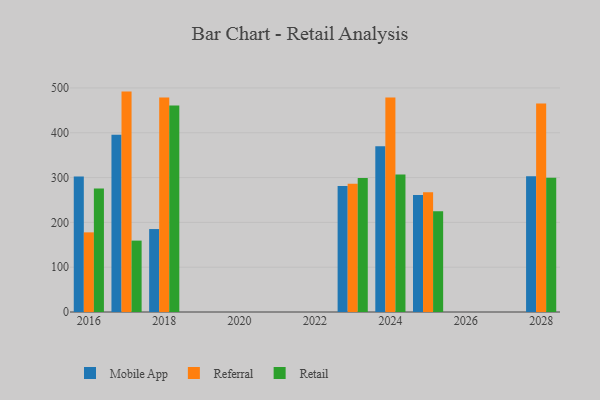
{"axis": {"x": "Year", "y": "Bounce Rate (%)"}, "legend": ["Mobile App", "Referral", "Retail"], "data": [{"x": "2017", "y": 395.3, "type": "Mobile App"}, {"x": "2017", "y": 491.8, "type": "Referral"}, {"x": "2017", "y": 159.3, "type": "Retail"}, {"x": "2028", "y": 303.1, "type": "Mobile App"}, {"x": "2028", "y": 465.0, "type": "Referral"}, {"x": "2028", "y": 299.3, "type": "Retail"}, {"x": "2023", "y": 281.3, "type": "Mobile App"}, {"x": "2023", "y": 286.2, "type": "Referral"}, {"x": "2023", "y": 299.1, "type": "Retail"}, {"x": "2018", "y": 185.1, "type": "Mobile App"}, {"x": "2018", "y": 478.7, "type": "Referral"}, {"x": "2018", "y": 461.0, "type": "Retail"}, {"x": "2025", "y": 261.0, "type": "Mobile App"}, {"x": "2025", "y": 267.0, "type": "Referral"}, {"x": "2025", "y": 224.6, "type": "Retail"}, {"x": "2024", "y": 370.0, "type": "Mobile App"}, {"x": "2024", "y": 478.5, "type": "Referral"}, {"x": "2024", "y": 307.0, "type": "Retail"}, {"x": "2016", "y": 302.2, "type": "Mobile App"}, {"x": "2016", "y": 177.7, "type": "Referral"}, {"x": "2016", "y": 275.4, "type": "Retail"}]}